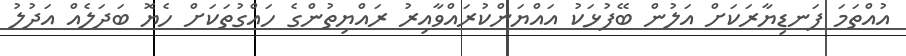
އުއްތަމަ ފަނޑިޔާރަކަށް އަލުން ބޭފުޅަކު އައްޔަންކުރައްވާއިރު ރައްޔިތުންގެ ހައްގުތަކަށް ހެޔޮ ބަދަލެއް އަދުލު